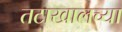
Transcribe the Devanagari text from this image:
तटाखालच्या